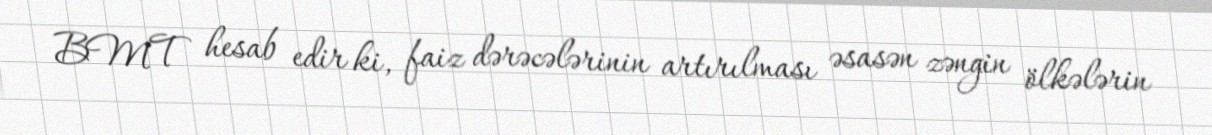
BMT hesab edir ki, faiz dərəcələrinin artırılması əsasən zəngin ölkələrin